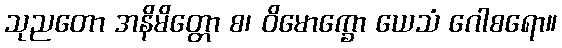
သုညတော အနိမိတ္တော စ၊ ဝိမောက္ခော ယေသံ ဂေါစရော။